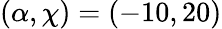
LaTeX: (\alpha,\chi)=(-10,20)